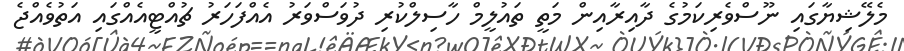
މެލޭޝިޔާގައި ނޫސްވެރިކަމުގެ ދާއިރާއިން މަތީ ތައުލީމް ހާސިލްކުރި ދުވަސްވަރު އެއްފަހަރު ޗުއްޓީއެއްގައި އަތުވެއްޖެ